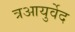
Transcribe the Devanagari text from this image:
त्रआयुर्वेद